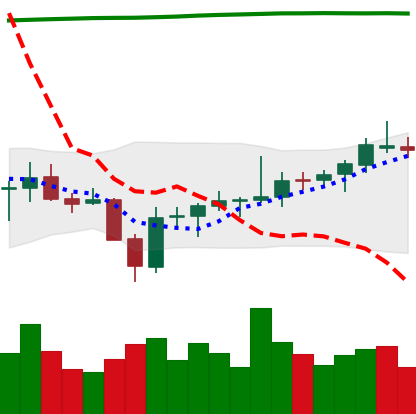
Ticker: BNB-USD
Chart end date: 2021-08-02
Forward return: 7.441%
Label: up_7plus